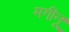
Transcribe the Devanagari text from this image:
मगीनू